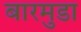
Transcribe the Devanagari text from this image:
बारमुडा